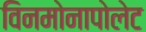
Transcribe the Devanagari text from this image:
विनमोनापोलेट